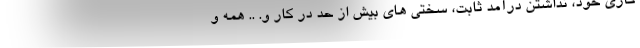
کاری خود، نداشتن درآمد ثابت، سختی های بیش از حد در کار و. .. همه و